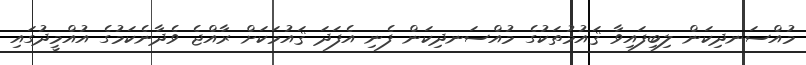
މުއްސަނދިކަން ލިބިފައިވާ ޤައުމުތަކުގެ މުއްސަނދިކަން ފެނި އެފަދަ ޤައުމަކަށް ރާއްޖެ ވެދާނެކަމުގެ އުއްމީދުގައި